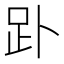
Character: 䟔